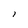
Character: 1